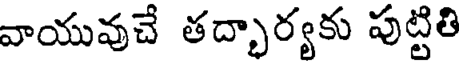
వాయువుచే తద్భార్యకు పుట్టితి